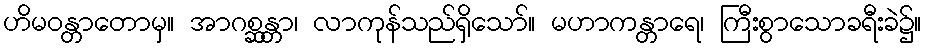
ဟိမဝန္တာတောမှ။ အာဂစ္ဆန္တာ၊ လာကုန်သည်ရှိသော်။ မဟာကန္တာရေ၊ ကြီးစွာသောခရီးခဲ၌။